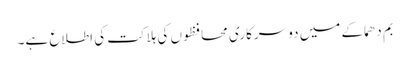
بم دھماکے میں دو سرکاری محافظوں کی ہلاکت کی اطلاع ہے۔